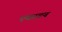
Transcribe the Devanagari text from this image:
एवरटन